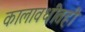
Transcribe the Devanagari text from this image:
कालावधीतही